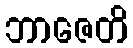
ဘာဇေတိ